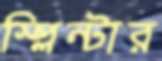
স্প্লিন্টার